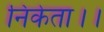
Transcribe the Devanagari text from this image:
निकेता।।